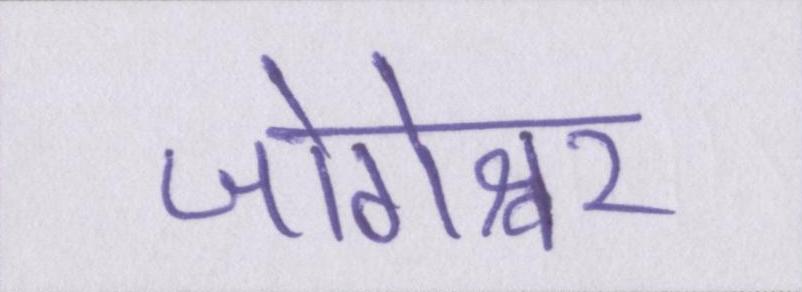
जोगेश्वर